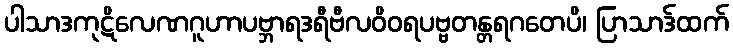
ပါသာဒကုဋိလေဏဂူဟာပဗ္ဘာရဒရီဗီလဝိဝရပဗ္ဗတန္တရဂတေပိ၊ ပြာသာဒ်ထက်